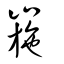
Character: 崺